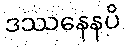
ဒဿနေနပိ